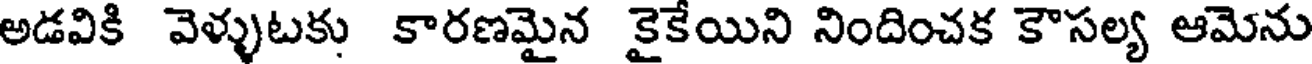
అడవికి వెళ్ళుటకు కారణమైన కైకేయిని నిందించక కౌసల్య ఆమెను